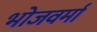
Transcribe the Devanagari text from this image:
भोजवर्मा